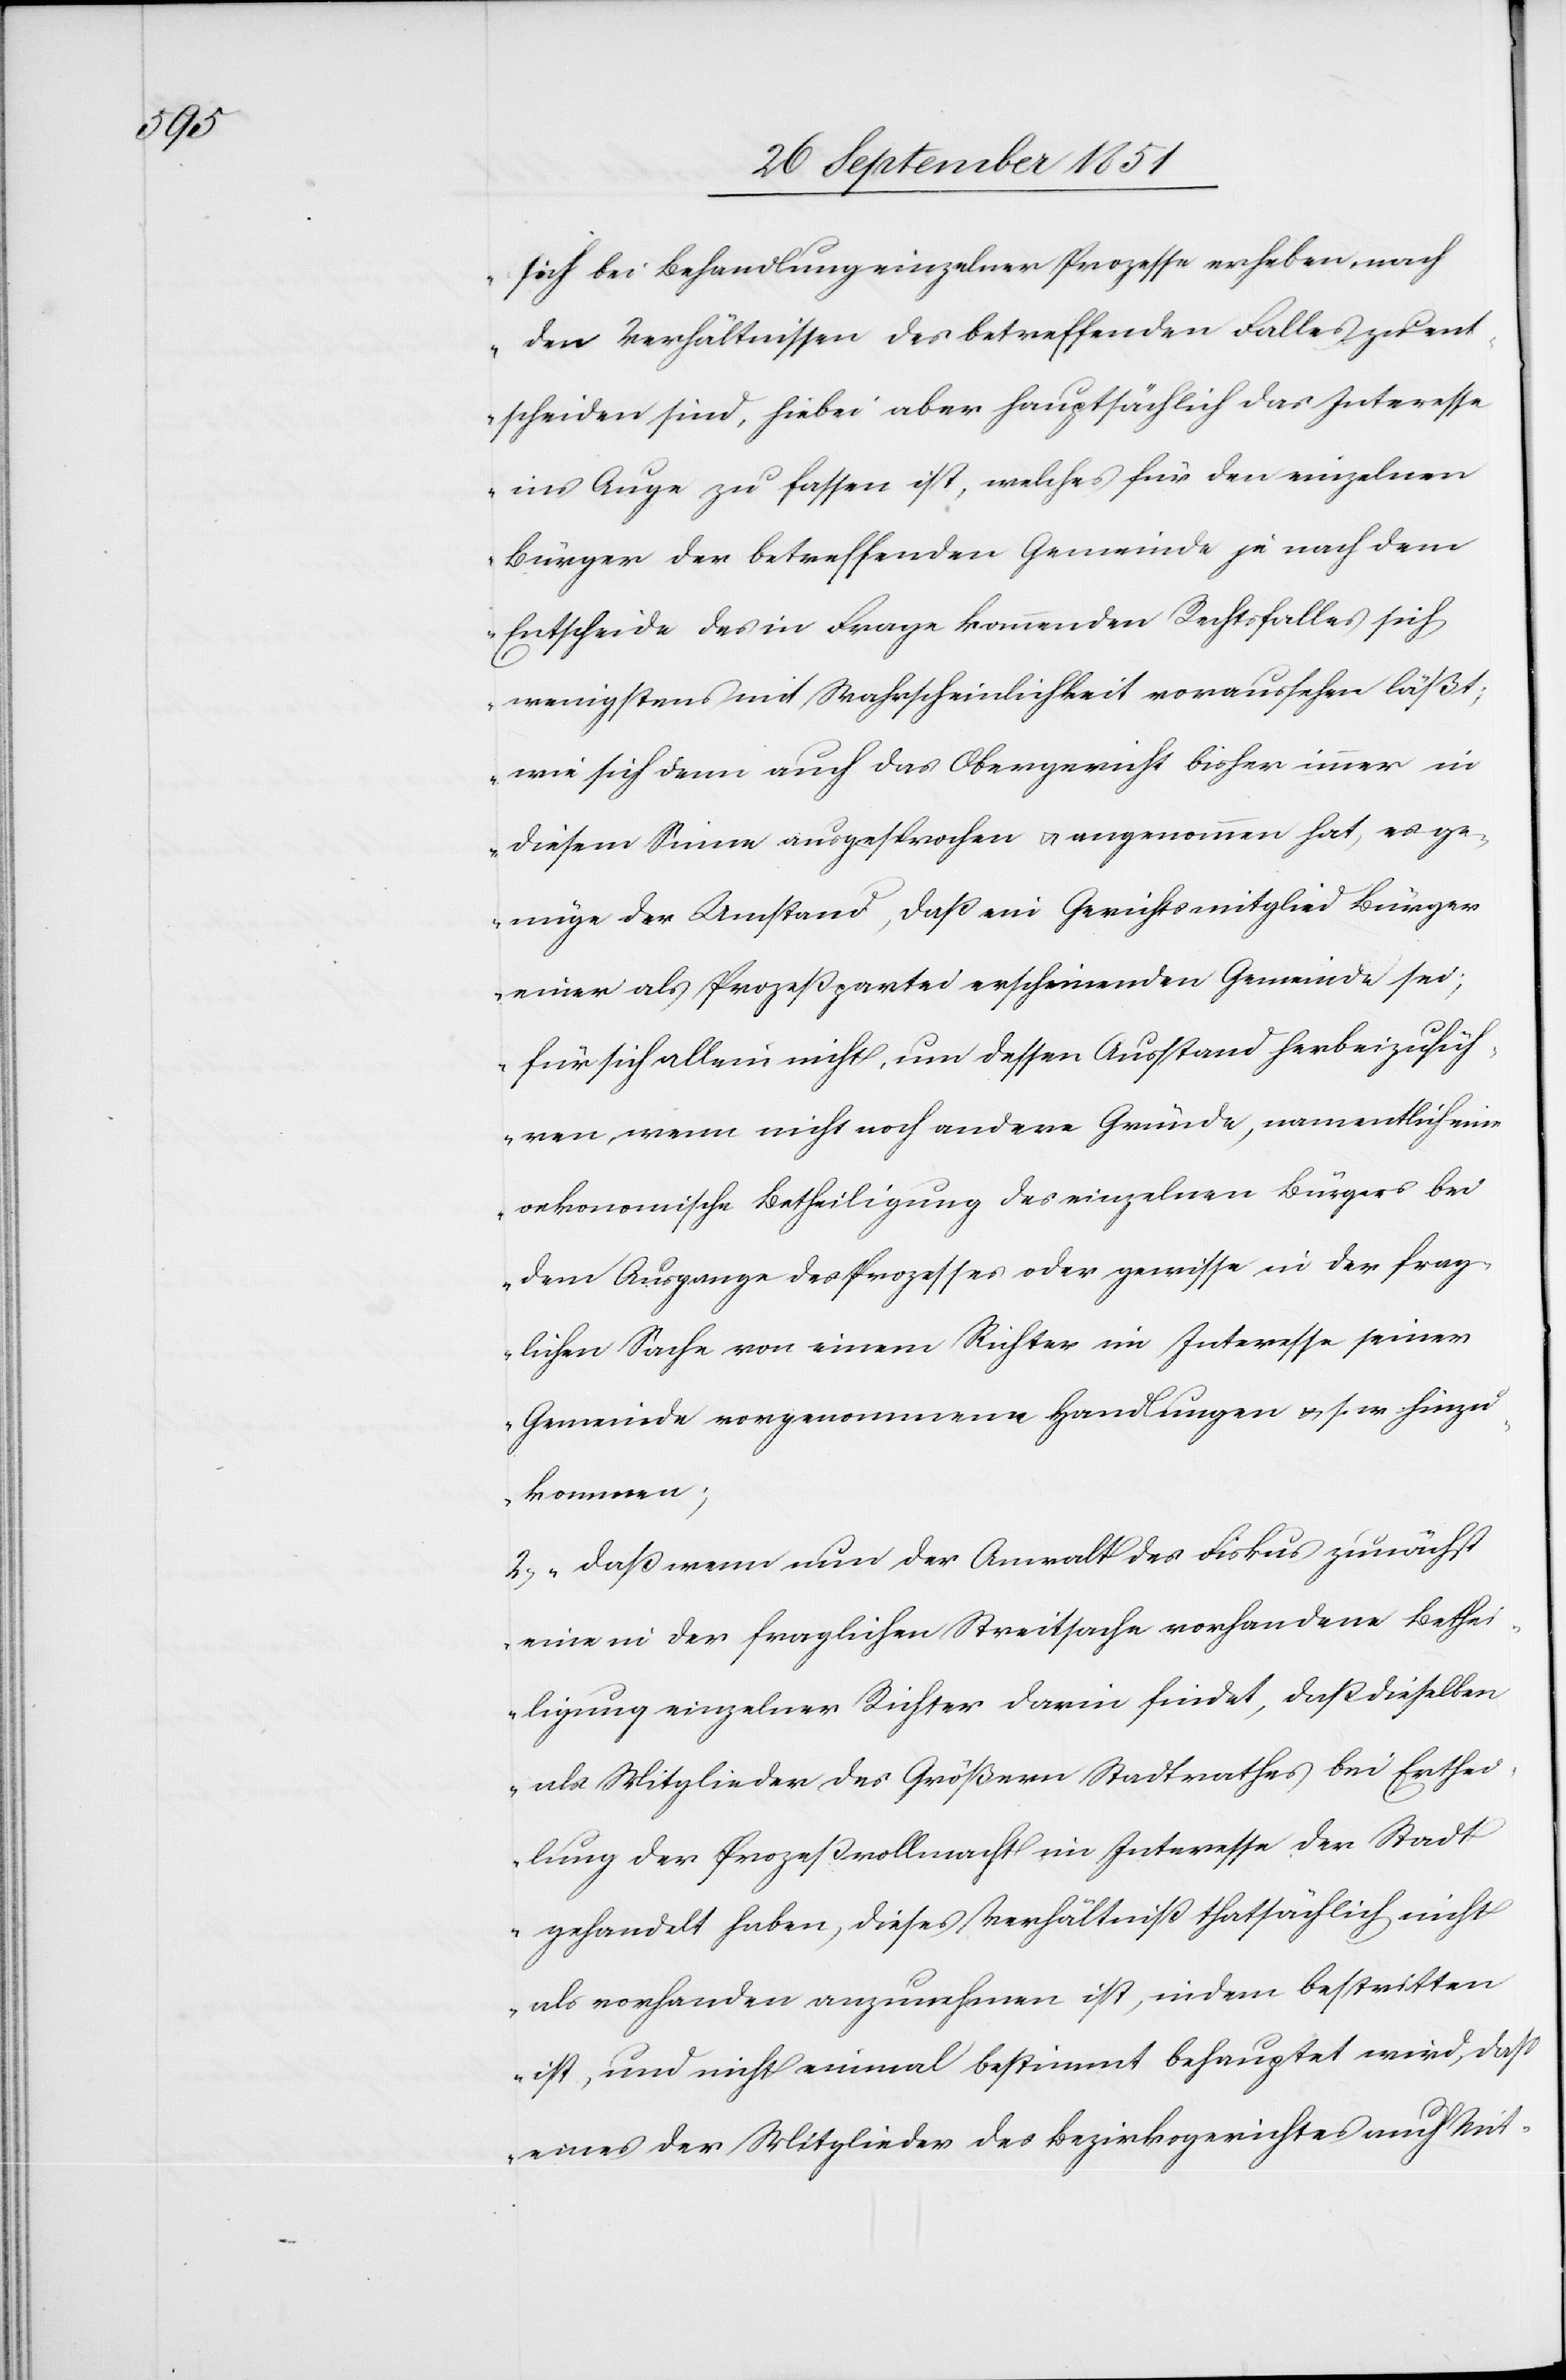
sich bei Behandlung einzelner Prozesse erheben, nach
den Verhältnissen des betreffenden Falles zu ent¬
scheiden sind, hiebei aber hauptsächlich das Interesse
ins Auge zu fassen ist, welches für den einzelnen
Bürger der betreffenden Gemeinde je nach dem
Entscheide des in Frage kommenden Rechtsfalles sich
wenigstens mit Wahrscheinlichkeit voraussehen läßt;
wie sich denn auch das Obergericht bisher immer in
diesem Sinne ausgesprochen & angenommen hat, es ge¬
nüge der Umstand, daß ein Gerichtsmitglied Bürger
einer als Prozeßpartei erscheinenden Gemeinde sei;
für sich allein nicht, um dessen Ausstand herbeizufüh¬
ren, wenn nicht noch andere Gründe, namentlich eine
oekonomische Betheiligung des einzelnen Bürgers bei
dem Ausgange des Prozesses oder gewisse in der frag¬
lichen Sache von einem Richter im Interesse seiner
Gemeinde vorgenommene Handlungen & s. w. hinzu¬
kommen;
2) daß wenn nun der Anwalt des Fiskus zunächst
eine in der fraglichen Streitsache vorhandene Bethei¬
ligung einzelner Richter darin findet, daß dieselben
als Mitglieder des Größern Stadtrathes bei Erthei¬
lung der Prozeßvollmacht im Interesse der Stadt
gehandelt haben, dieses Verhältniß thatsächlich nicht
als vorhanden anzunehmen ist, indem bestritten
ist, und nicht einmal bestimmt behauptet wird, daß
eines der Mitglieder des Bezirksgerichtes auch Mit-